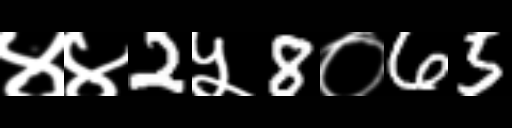
Text: ४४2५8०65